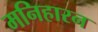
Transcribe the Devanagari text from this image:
मनिहारन